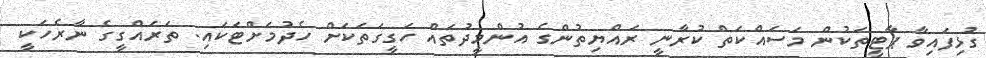
ގުޅިފައިވާ ޕާޓީތަކުން މަސައްކަތް ކުރާނީ ރައްޔިތުންގެ އުންމީދުތައް ހަގީގަތަކަށް ހެދުމަށްޓަކައި. ތަރައްގީގެ ނާރެހަކީ